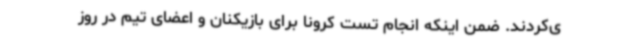
ی‌کردند. ضمن اینکه انجام تست کرونا برای بازیکنان و اعضای تیم در روز